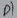
Text: P1